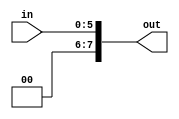
`timescale 1ns / 1ps


module six_bit_to_8bit(
    input wire[5:0] in,
    output wire[7:0] out
    );
    
    //use 6 bit number but add two zeros on at the end so they 
    //still convert to the same decimal number and inequality holds true
    assign out[7] = 0;
    assign out[6] = 0;
    assign out[5] = in[5];
    assign out[4] = in[4];
    assign out[3] = in[3];
    assign out[2] = in[2];
    assign out[1] = in[1];
    assign out[0] = in[0];
    
endmodule